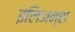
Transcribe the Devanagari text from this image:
इलिअन्स